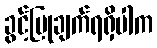
ခွင့်ပြုချက်ရရှိပါက